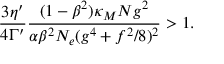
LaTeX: \frac { 3 \eta ^ { \prime } } { 4 \Gamma ^ { \prime } } \frac { ( 1 - \beta ^ { 2 } ) \kappa _ { M } N g ^ { 2 } } { \alpha \beta ^ { 2 } N _ { e } ( g ^ { 4 } + f ^ { 2 } / 8 ) ^ { 2 } } > 1 .